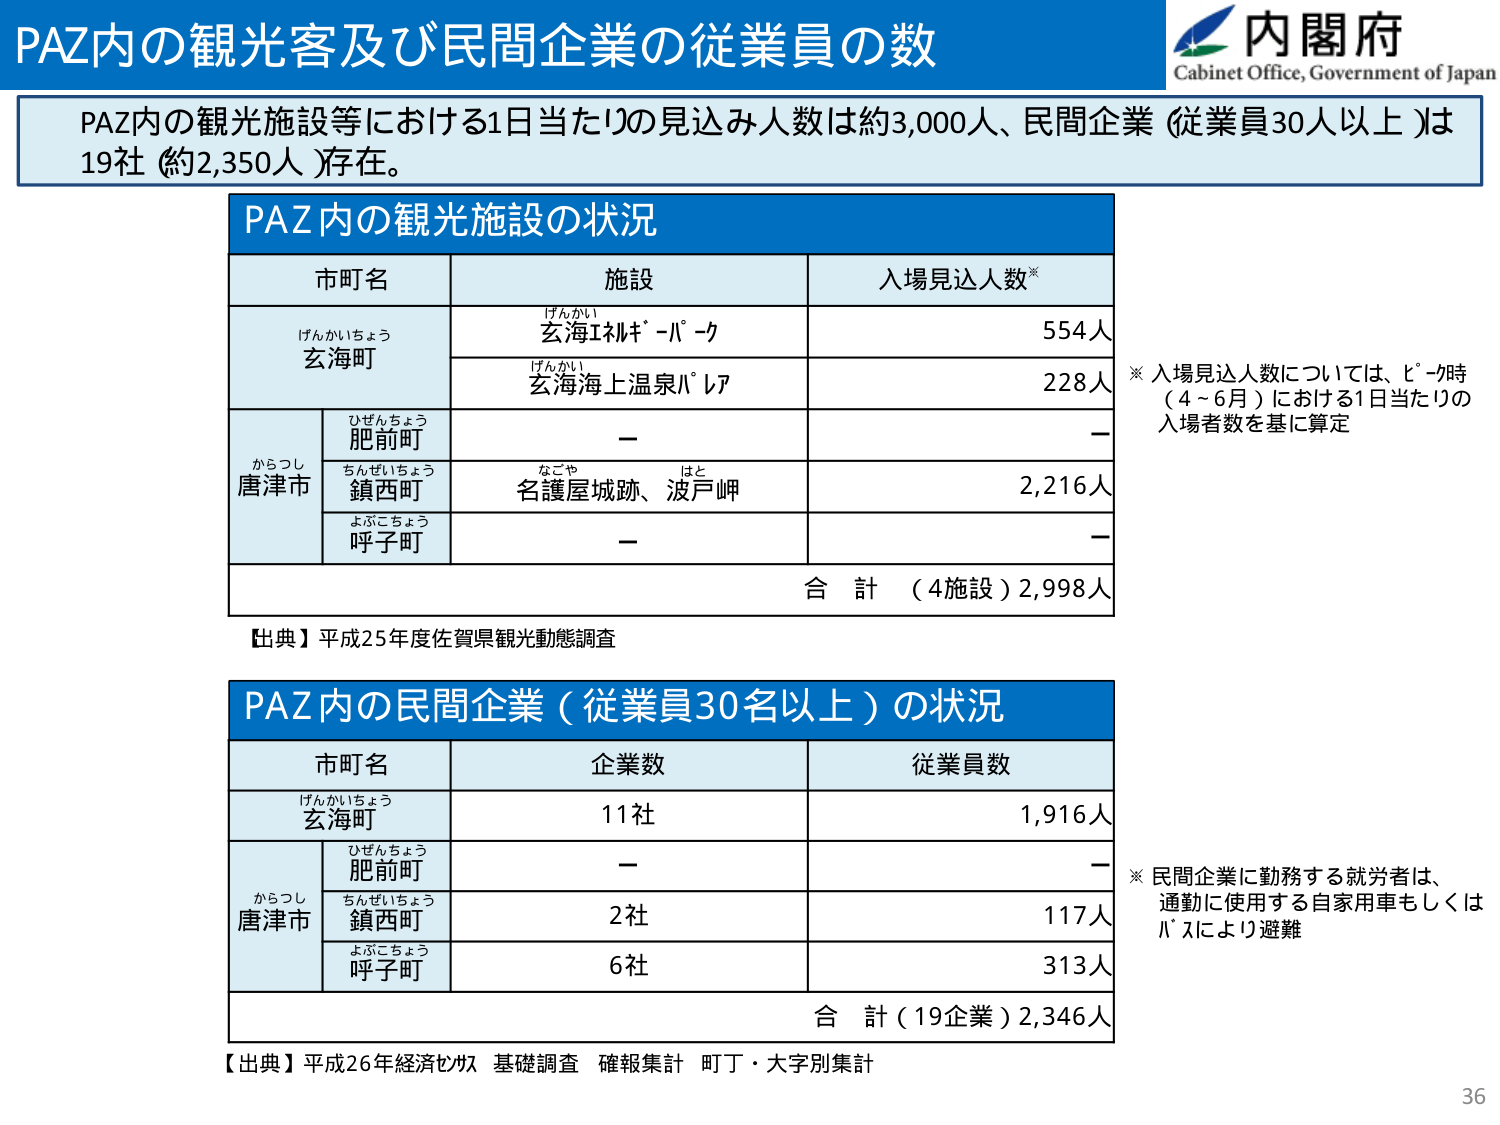
PAZ内の観光客及び民間企業の従業員の数
内閣府
Cabinet Office, Government of Japan

PAZ内の観光施設等における1日当たりの見込み人数は約3,000人、民間企業（従業員30人以上）は19社（約2,350人）存在。

PAZ内の観光施設の状況
市町名　施設　入場見込人数※
けんかいちょう
玄海町
けんかい
玄海エコパーク
554人
けんかい
玄海海上温泉パーク
228人
からつし
唐津市
ひぜんちょう
肥前町
－
－
ちんぜいちょう
鎮西町
なごや
名護屋城跡、はと
波戸岬
2,216人
よぶこちょう
呼子町
－
－
合計（4施設）2,998人

※入場見込人数については、ピーク時（4～6月）における1日当たりの入場者数を基に算定

【出典】平成25年度佐賀県観光動態調査

PAZ内の民間企業（従業員30名以上）の状況
市町名　企業数　従業員数
けんかいちょう
玄海町
11社
1,916人
からつし
唐津市
ひぜんちょう
肥前町
－
－
ちんぜいちょう
鎮西町
2社
117人
よぶこちょう
呼子町
6社
313人
合計（19企業）2,346人

※民間企業に勤務する就労者は、通勤に使用する自家用車もしくはバスにより避難

【出典】平成26年経済センサス 基礎調査 確報集計 町丁・大字別集計

36